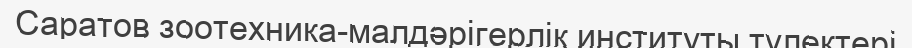
Саратов зоотехника-малдәрігерлік институты түлектері